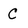
Character: C